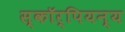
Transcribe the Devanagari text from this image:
स्कॉर्पियन्य